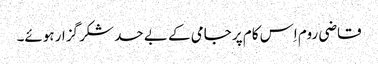
قاضی روم اِس کام پر جامی کے بے حد شکر گزار ہوئے۔